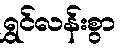
ရွှင်လန်းစွာ